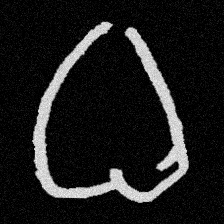
Pyu character \u2014 Myanmar letter: ဓ (romanized: dha)